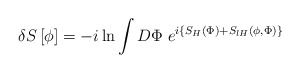
\begin{align*}\delta S\left[ \phi \right] =-i\ln \int D\Phi \;e^{i\left\{ S_H\left( \Phi\right) +S_{lH}\left( \phi ,\Phi \right) \right\} } \end{align*}